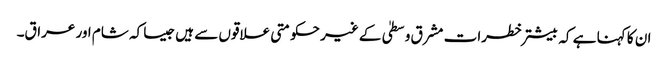
ان کا کہنا ہے کہ بیشتر خطرات مشرق وسطیٰ کے غیر حکومتی علاقوں سے ہیں جیسا کہ شام اور عراق۔